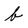
Character: b